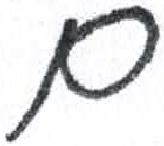
אות: ם